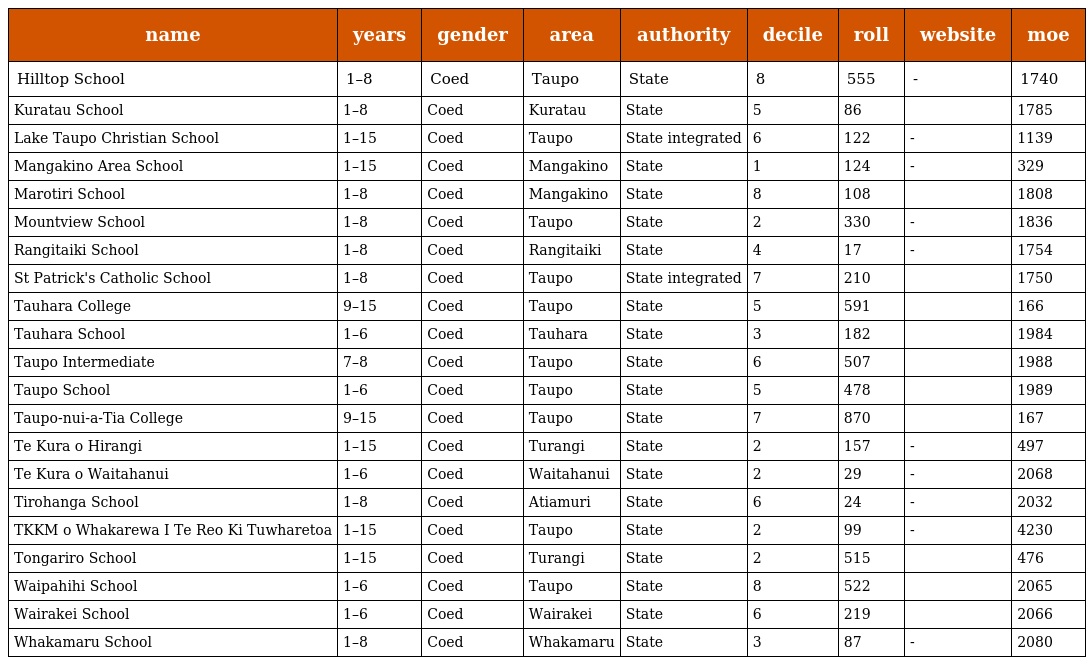
| name | years | gender | area | authority | decile | roll | website | moe |
 | --- | --- | --- | --- | --- | --- | --- | --- | --- |
 | Hilltop School | 1–8 | Coed | Taupo | State | 8 | 555 | - | 1740 |
 | Kuratau School | 1–8 | Coed | Kuratau | State | 5 | 86 |  | 1785 |
 | Lake Taupo Christian School | 1–15 | Coed | Taupo | State integrated | 6 | 122 | - | 1139 |
 | Mangakino Area School | 1–15 | Coed | Mangakino | State | 1 | 124 | - | 329 |
 | Marotiri School | 1–8 | Coed | Mangakino | State | 8 | 108 |  | 1808 |
 | Mountview School | 1–8 | Coed | Taupo | State | 2 | 330 | - | 1836 |
 | Rangitaiki School | 1–8 | Coed | Rangitaiki | State | 4 | 17 | - | 1754 |
 | St Patrick's Catholic School | 1–8 | Coed | Taupo | State integrated | 7 | 210 |  | 1750 |
 | Tauhara College | 9–15 | Coed | Taupo | State | 5 | 591 |  | 166 |
 | Tauhara School | 1–6 | Coed | Tauhara | State | 3 | 182 |  | 1984 |
 | Taupo Intermediate | 7–8 | Coed | Taupo | State | 6 | 507 |  | 1988 |
 | Taupo School | 1–6 | Coed | Taupo | State | 5 | 478 |  | 1989 |
 | Taupo-nui-a-Tia College | 9–15 | Coed | Taupo | State | 7 | 870 |  | 167 |
 | Te Kura o Hirangi | 1–15 | Coed | Turangi | State | 2 | 157 | - | 497 |
 | Te Kura o Waitahanui | 1–6 | Coed | Waitahanui | State | 2 | 29 | - | 2068 |
 | Tirohanga School | 1–8 | Coed | Atiamuri | State | 6 | 24 | - | 2032 |
 | TKKM o Whakarewa I Te Reo Ki Tuwharetoa | 1–15 | Coed | Taupo | State | 2 | 99 | - | 4230 |
 | Tongariro School | 1–15 | Coed | Turangi | State | 2 | 515 |  | 476 |
 | Waipahihi School | 1–6 | Coed | Taupo | State | 8 | 522 |  | 2065 |
 | Wairakei School | 1–6 | Coed | Wairakei | State | 6 | 219 |  | 2066 |
 | Whakamaru School | 1–8 | Coed | Whakamaru | State | 3 | 87 | - | 2080 |